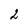
Character: 2